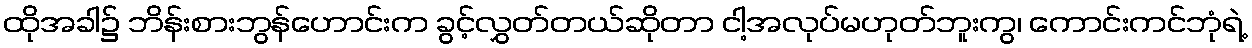
ထိုအခါ၌ ဘိန်းစားဘွန်ဟောင်းက ခွင့်လွှတ်တယ်ဆိုတာ ငါ့အလုပ်မဟုတ်ဘူးကွ၊ ကောင်းကင်ဘုံရဲ့